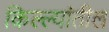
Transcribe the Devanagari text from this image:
किल्ल्यांतील